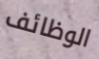
الوظائف